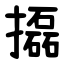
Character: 㩡